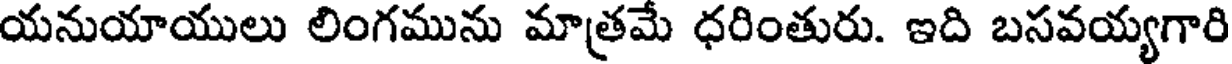
యనుయాయులు లింగమును మాత్రమే ధరింతురు. ఇది బసవయ్యగారి